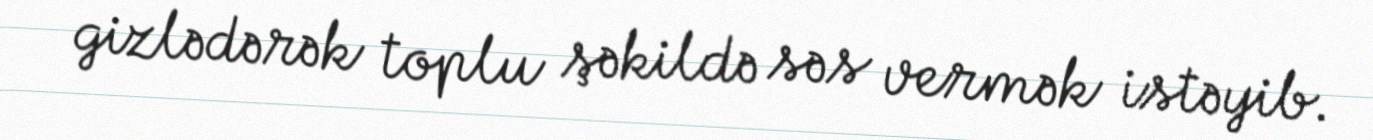
gizlədərək toplu şəkildə səs vermək istəyib.